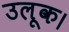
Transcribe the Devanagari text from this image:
उलूक।